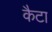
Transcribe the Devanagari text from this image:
कैटा